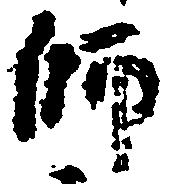
師